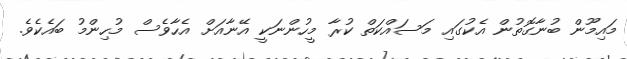
މައިމޫން ބުނާގޮތުން އެކުގައި މަސައްކަތް ކުރާ މީހުންނަކީ އޭނާއަށް އެހާވެސް މުހިންމު ބައެކެވެ.